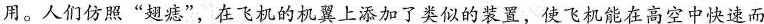
用。人们仿照”翅痣”，在飞机的机翼上添加了类似的装置，使飞机能在高空中快速而